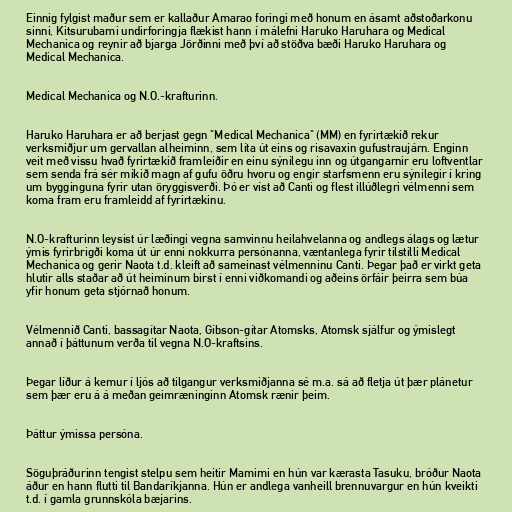
Einnig fylgist maður sem er kallaður Amarao foringi með honum en ásamt aðstoðarkonu
sinni, Kitsurubami undirforingja flækist hann í málefni Haruko Haruhara og Medical
Mechanica og reynir að bjarga Jörðinni með því að stöðva bæði Haruko Haruhara og
Medical Mechanica.

Medical Mechanica og N.O.-krafturinn.

Haruko Haruhara er að berjast gegn "Medical Mechanica" (MM) en fyrirtækið rekur
verksmiðjur um gervallan alheiminn, sem líta út eins og risavaxin gufustraujárn. Enginn
veit með vissu hvað fyrirtækið framleiðir en einu sýnilegu inn og útgangarnir eru loftventlar
sem senda frá sér mikið magn af gufu öðru hvoru og engir starfsmenn eru sýnilegir í kring
um bygginguna fyrir utan öryggisverði. Þó er víst að Canti og flest illúðlegri vélmenni sem
koma fram eru framleidd af fyrirtækinu.

N.O-krafturinn leysist úr læðingi vegna samvinnu heilahvelanna og andlegs álags og lætur
ýmis fyrirbrigði koma út úr enni nokkurra persónanna, væntanlega fyrir tilstilli Medical
Mechanica og gerir Naota t.d. kleift að sameinast vélmenninu Canti. Þegar það er virkt geta
hlutir alls staðar að út heiminum birst í enni viðkomandi og aðeins örfáir þeirra sem búa
yfir honum geta stjórnað honum.

Vélmennið Canti, bassagítar Naota, Gibson-gítar Atomsks, Atomsk sjálfur og ýmislegt
annað í þáttunum verða til vegna N.O-kraftsins.

Þegar líður á kemur í ljós að tilgangur verksmiðjanna sé m.a. sá að fletja út þær plánetur
sem þær eru á á meðan geimræninginn Atomsk rænir þeim.

Þáttur ýmissa persóna.

Söguþráðurinn tengist stelpu sem heitir Mamimi en hún var kærasta Tasuku, bróður Naota
áður en hann flutti til Bandaríkjanna. Hún er andlega vanheill brennuvargur en hún kveikti
t.d. í gamla grunnskóla bæjarins.